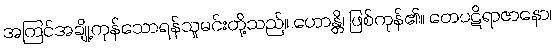
အကြင်အချို့ကုန်သောရန်သူမင်းတို့သည်။ ဟောန္တိ၊ ဖြစ်ကုန်၏။ တေပဋိရာဇာနော၊